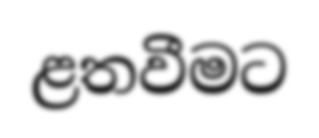
ළතවීමට